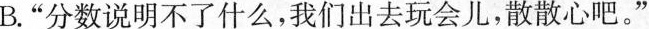
B.”分数说明不了什么，我们出去玩会儿，散散心吧。”